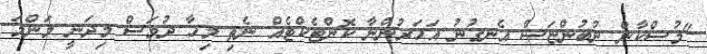
"މުސްކާން ނުބުންޏަސް އެނގުނު އަހަރުންނާ ކޮންޓެކްޓެއް ނެތި މިހާ ދުވަސް މިދަނީ މަންމަ